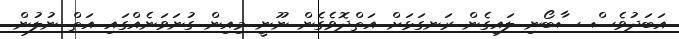
އަބަދުވެސް ސާބޯނި ލައިގެން ރަނގަޅަށް އަތްދޮވެގެން ނޫނީ މިއިން ގުނަވަނެއްގައި އަތް ނުލުން